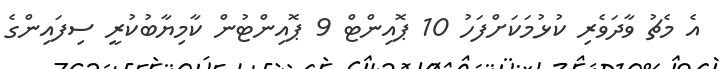
އެ މެޗު ވާދަވެރި ކުޅުމަކަށްފަހު 10 ޕޮއިންޓް 9 ޕޮއިންޓުން ކާމިޔާބުކުރީ ސިފައިންގެ